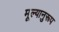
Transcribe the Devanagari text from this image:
मूल्यानुरूप